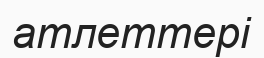
атлеттері